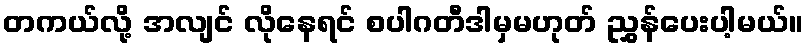
တကယ်လို့ အလျင် လိုနေရင် စပါဂတီဒါမှမဟုတ် ညွှန်ပေးပါ့မယ်။